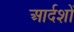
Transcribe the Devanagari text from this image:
आर्दशों